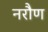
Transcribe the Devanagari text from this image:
नरौण